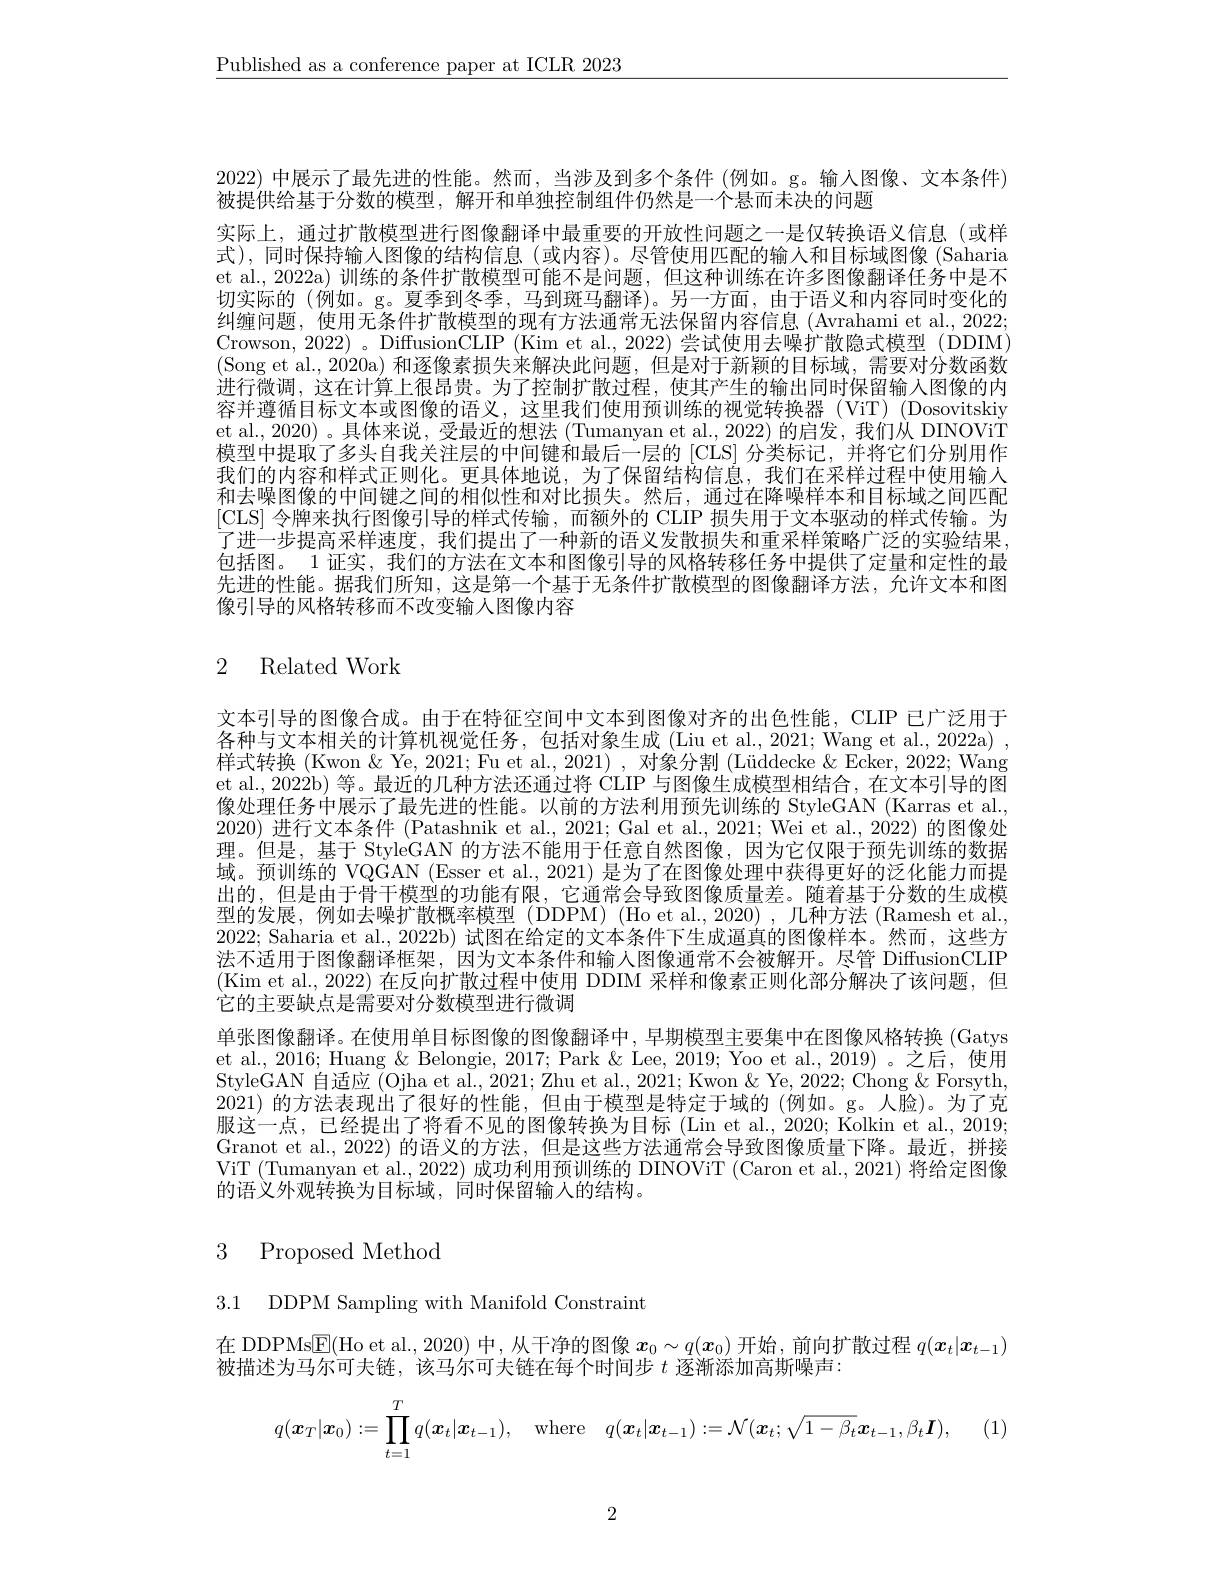
$\underline{\text{Published as a conference paper at ICLR 2023}}$

2022)中展示了最先进的性能。然而，当涉及到多个条件 (例如。g。输入图像、文本条件)
被提供给基于分数的模型，解开和单独控制组件仍然是一个悬而未决的问题
实际上，通过扩散模型进行图像翻译中最重要的开放性问题之一是仅转换语义信息(或样式),同时保持输入图像的结构信息(或内容)。尽管使用匹配的输人和目标域图像 (Saharia et al., 2022a) 训练的条件扩散模型可能不是问题，但这种训练在许多图像翻译任务中是不切实际的 (例如。g。夏季到冬季，马到斑马翻译)。另一方面，由于语义和内容同时变化的纠缠问题，使用无条件扩散模型的现有方法通常无法保留内容信息(Avrahami et al., 2022; Crowson, 2022)。DiffusionCLIP (Kim et al., 2022) 尝试使用去噪扩散隐式模型 (DDIM) (Song et al., 2020a) 和逐像素损失来解决此问题，但是对于新颖的目标域，需要对分数函数进行微调，这在计算上很昂贵。为了控制扩散过程，使其产生的输出同时保留输入图像的内容并遵循目标文本或图像的语义，这里我们使用预训练的视觉转换器(ViT)(Dosovitskiy et al., 2020) 。具体来说，受最近的想法 (Tumanyan et al., 2022) 的启发，我们从 DINOViT 模型中提取了多头自我关注层的中间键和最后一层的[CLS]分类标记，并将它们分别用作我们的内容和样式正则化。更具体地说，为了保留结构信息，我们在采样过程中使用输入和去噪图像的中间键之间的相似性和对比损失。然后，通过在降噪样本和目标域之间匹配[CLS] 令牌来执行图像引导的样式传输，而额外的 CLIP 损失用于文本驱动的样式传输。为了进一步提高采样速度，我们提出了一种新的语义发散损失和重采样策略广泛的实验结果， 包括图。1 证实，我们的方法在文本和图像引导的风格转移任务中提供了定量和定性的最先进的性能。据我们所知，这是第一个基于无条件扩散模型的图像翻译方法，允许文本和图像引导的风格转移而不改变输人图像内容

# 2 Related Work

文本引导的图像合成。由于在特征空间中文本到图像对齐的出色性能，CLIP 已广泛用于各种与文本相关的计算机视觉任务，包括对象生成 (Liu et al., 2021; Wang et al., 2022a) , 样式转换(Kwon & Ye, 2021; Fu et al., 2021) , 对象分割 (Lüddecke $\&$ Ecker, 2022; Wang et al., 2022b) 等。最近的几种方法还通过将 CLIP 与图像生成模型相结合，在文本引导的图像处理任务中展示了最先进的性能。以前的方法利用预先训练的 StyleGAN (Karras et al., 2020) 进行文本条件 (Patashnik et al., 2021; Gal et al., 2021; Wei et al., 2022) 的图像处理。但是，基于 StyleGAN 的方法不能用于任意自然图像，因为它仅限于预先训练的数据域。预训练的 VQGAN (Esser et al., 2021) 是为了在图像处理中获得更好的泛化能力而提出的，但是由于骨干模型的功能有限，它通常会导致图像质量差。随着基于分数的生成模型的发展，例如去噪扩散概率模型(DDPM)(Ho et al.,2020),几种方法(Ramesh et al., 2022; Saharia et al., 2022b) 试图在给定的文本条件下生成逼真的图像样本。然而，这些方法不适用于图像翻译框架，因为文本条件和输人图像通常不会被解开。尽管 DiffusionCLIP (Kim et al., 2022) 在反向扩散过程中使用 DDIM 采样和像素正则化部分解决了该问题，但它的主要缺点是需要对分数模型进行微调
单张图像翻译。在使用单目标图像的图像翻译中，早期模型主要集中在图像风格转换(Gatys et al., 2016; Huang & Belongie, 2017; Park & Lee, 2019; Yoo et al., 2019) 。之后，使用StyleGAN 自适应 (Ojha et al., 2021; Zhu et al., 2021; Kwon & Ye, 2022; Chong & Forsyth, 2021)的方法表现出了很好的性能，但由于模型是特定于域的 (例如。g。人脸)。为了克服这一点，已经提出了将看不见的图像转换为目标(Lin et al., 2020; Kolkin et al., 2019; Granot et al., 2022) 的语义的方法，但是这些方法通常会导致图像质量下降。最近，拼接ViT (Tumanyan et al., 2022) 成功利用预训练的 DINOViT (Caron et al., 2021) 将给定图像的语义外观转换为目标域，同时保留输入的结构。

# 3 Proposed Method

3.1 DDPM Sampling with Manifold Constraint

在 DDPMs$\underline{\mathrm{E}}($Ho et al.,2020) 中，从干净的图像$x_0\sim q(x_0)$开始，前向扩散过程$q(\boldsymbol{x}_t|\boldsymbol{x}_{t-1})$
被描述为马尔可夫链，该马尔可夫链在每个时间步$t$逐渐添加高斯噪声：
$$q(\boldsymbol{x}_T|\boldsymbol{x}_0):=\prod\limits_{t=1}^Tq(\boldsymbol{x}_t|\boldsymbol{x}_{t-1}),\quad\mathrm{where}\quad q(\boldsymbol{x}_t|\boldsymbol{x}_{t-1}):=\mathcal{N}(\boldsymbol{x}_t;\sqrt{1-\beta_t}\boldsymbol{x}_{t-1},\beta_t\boldsymbol{I}),$$
2